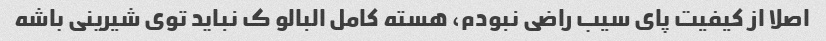
اصلا از کیفیت پای سیب راضی نبودم، هسته کامل البالو ک نباید توی شیرینی باشه